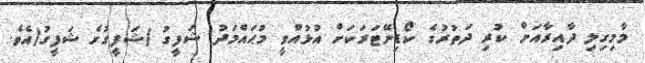
މާމިގިލި ދާއިރާއަށް ކުރި ދަތުރުގެ ކޯޑިނޭޓަރަކަށް އުޅުއްވީ މުޙައްމަދު ޝަފީގު )ޝަފީގުގެ ޝަފީގު(އެވެ.